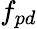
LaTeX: f_{pd}